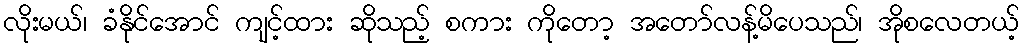
လိုးမယ်၊ ခံနိုင်အောင် ကျင့်ထား ဆိုသည့် စကား ကိုတော့ အတော်လန့်မိပေသည်၊ အိုစလေတယ့်